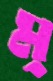
ম্